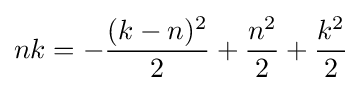
nk=-{\frac {(k-n)^{2}}{2}}+{\frac {n^{2}}{2}}+{\frac {k^{2}}{2}}